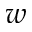
w